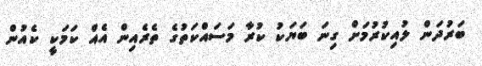
ބަރުދަން ލުއިކުރުމަށް ގިނަ ބަޔަކު ކުރާ މަސައްކަތުގެ ތެރެއިން އެއް ކަމަކީ ކެއުން